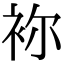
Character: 袮